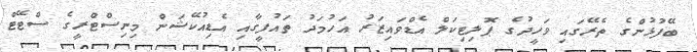
ބޭފުޅުންގެ ތެރޭގައި ވަހީދުގެ ޕޮލިޓިކަލް އެޑްވައިޒަރު އަހުމަދު ތައުފީގާއި އެޑިއުކޭޝަން މިނިސްޓްރީގެ ސްޓޭޓް